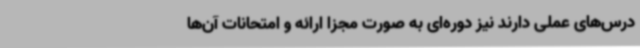
درس‌های عملی دارند نیز دوره‌ای به صورت مجزا ارائه و امتحانات آن‌ها